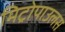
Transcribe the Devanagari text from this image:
मिट्रोपाउलस